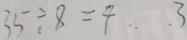
3 5 \div 8 = 4 \cdots 3